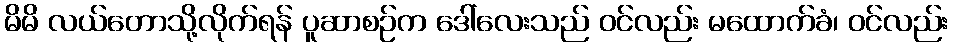
မိမိ လယ်တောသို့လိုက်ရန် ပူဆာစဉ်က ဒေါ်လေးသည် ဝင်လည်း မထောက်ခံ၊ ဝင်လည်း